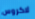
لاكروس